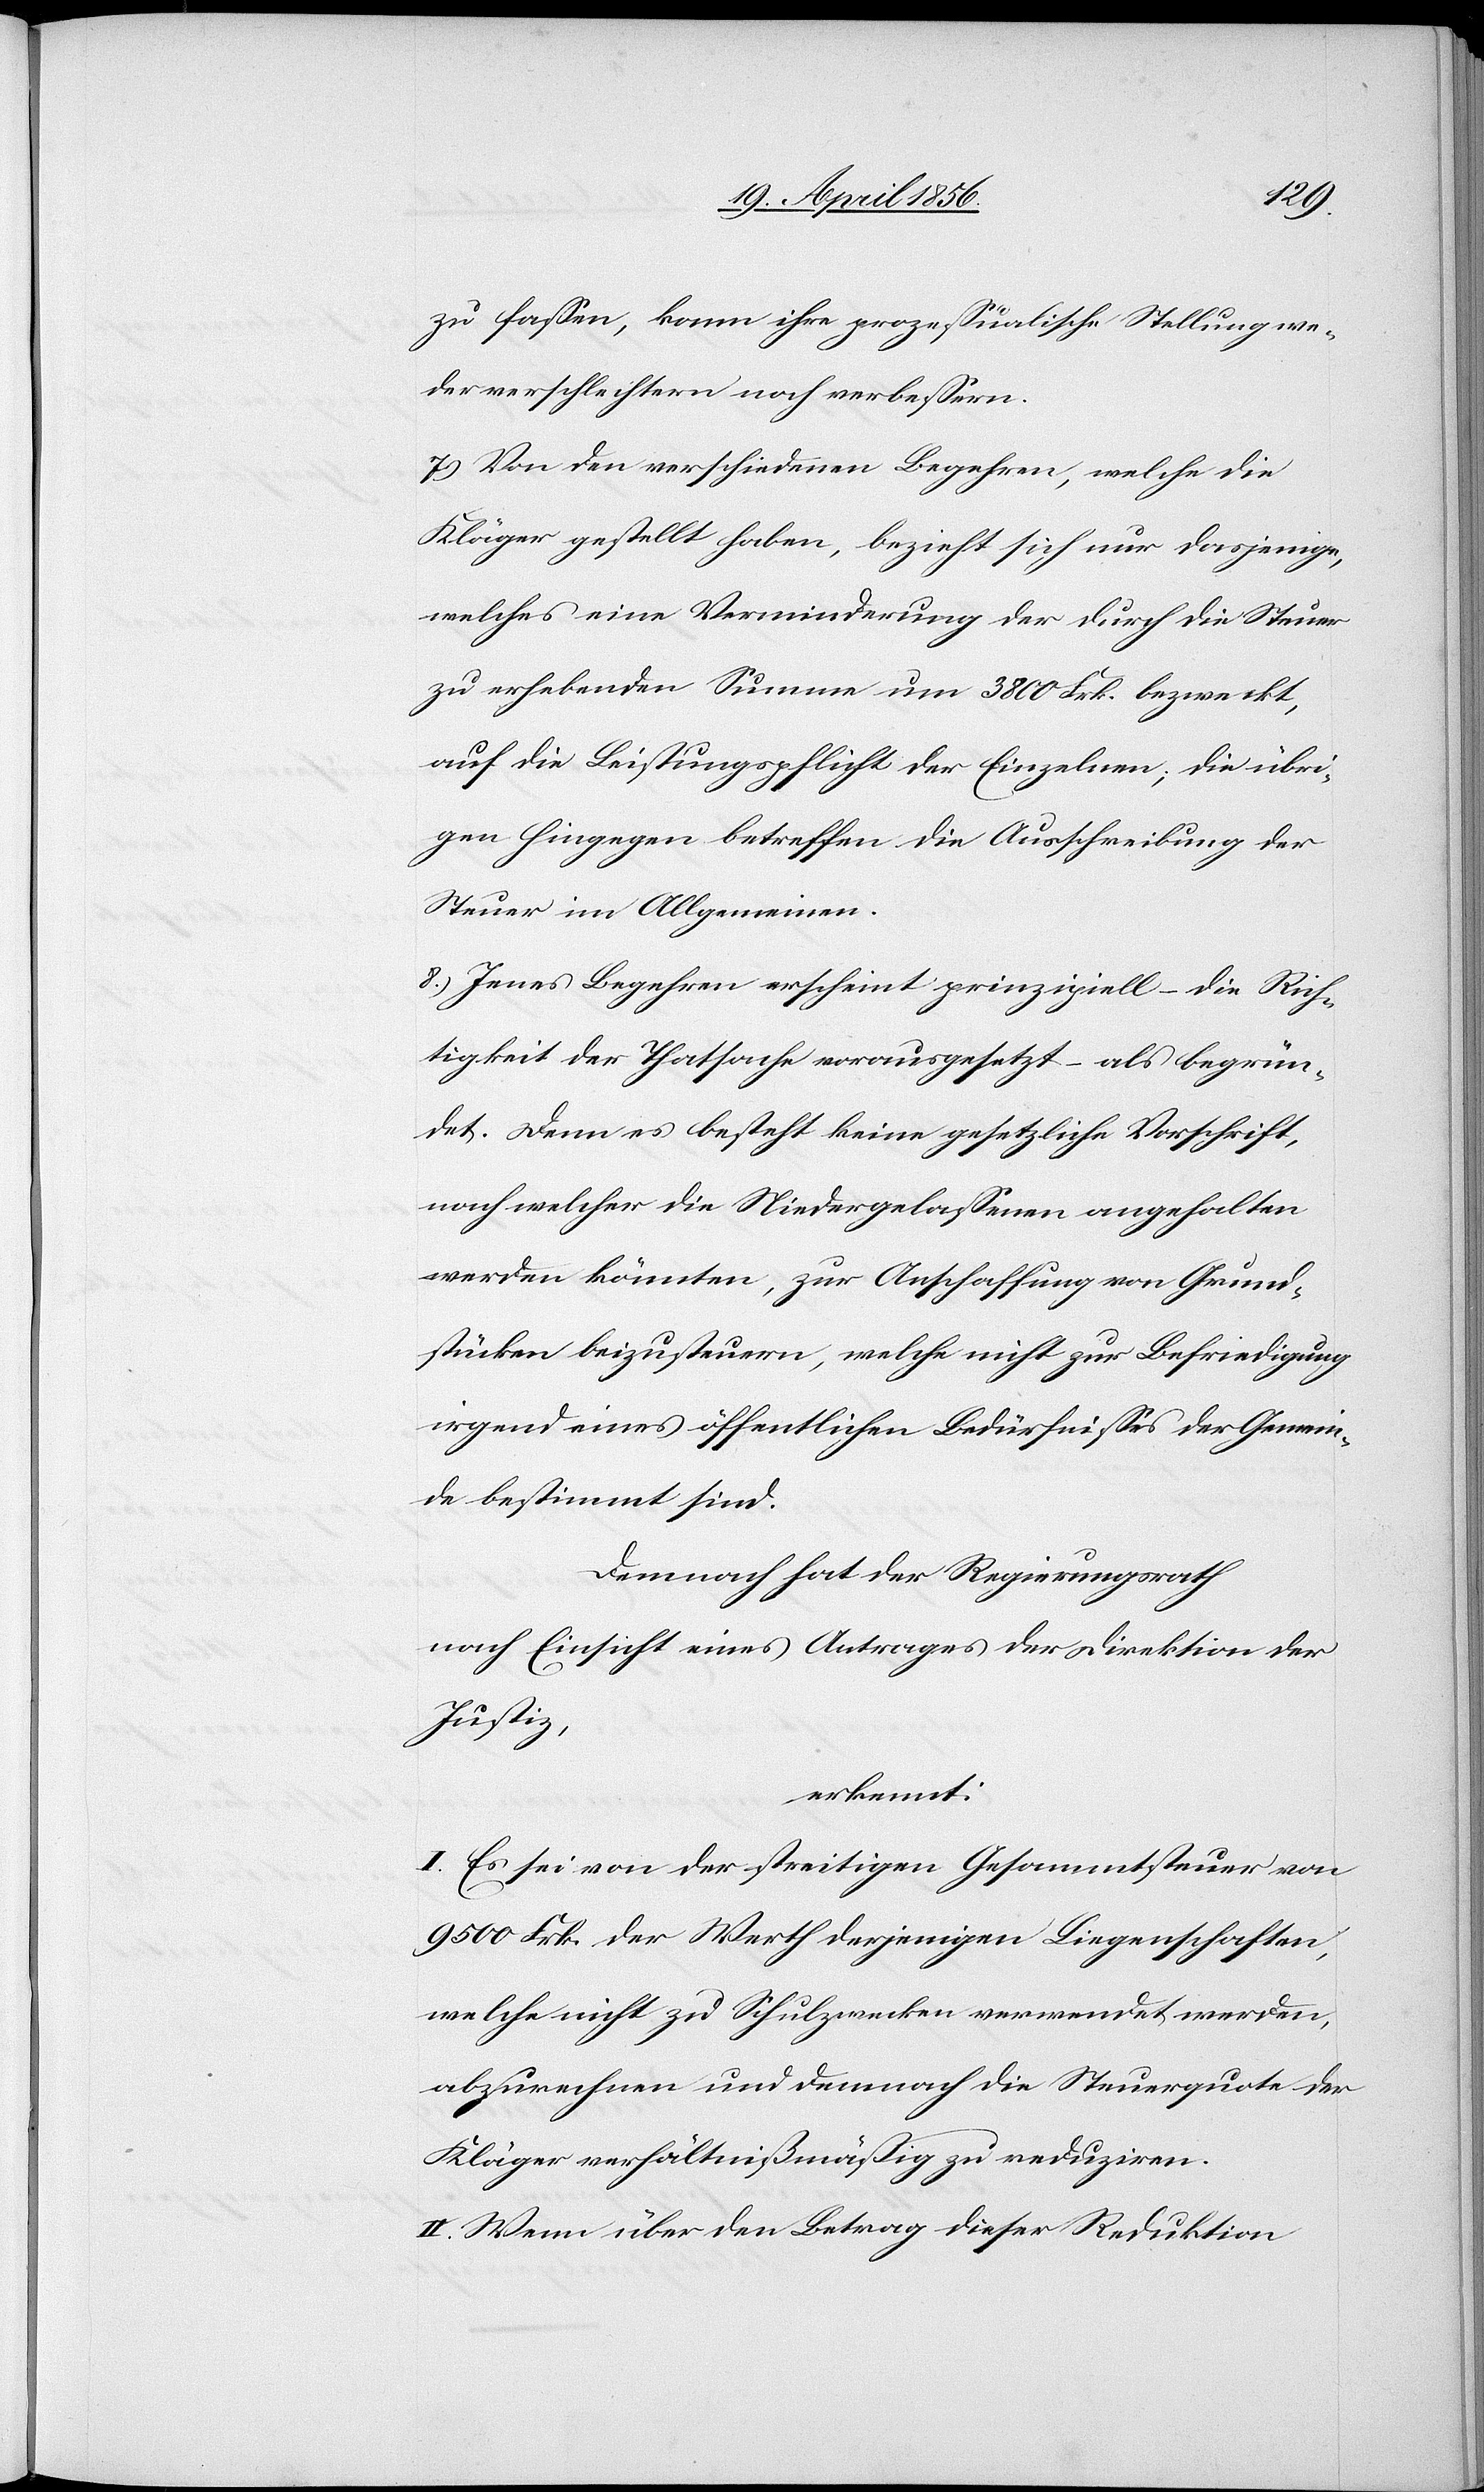
zu fassen, kann ihre prozessualische Stellung we¬
der verschlechtern noch verbessern.
7.) Von den verschiedenen Begehren, welche die
Kläger gestellt haben, bezieht sich nur dasjenige,
welches eine Verminderung der durch die Steuer
zu erhebenden Summe um 3800 Frk. bezweckt,
auf die Leistungspflicht der Einzelnen; die übri¬
gen hingegen betreffen die Ausschreibung der
Steuer im Allgemeinen.
8.) Jenes Begehren erscheint prinzipiell – die Rich¬
tigkeit der Thatsache vorausgesetzt – als begrün¬
det. Denn es besteht keine gesetzliche Vorschrift,
nach welcher die Niedergelassenen angehalten
werden könnten, zur Anschaffung von Grund¬
stücken beizusteuern, welche nicht zur Befriedigung
irgend eines öffentlichen Bedürfnisses der Gemein¬
de bestimmt sind.
Demnach hat der Regierungsrath
nach Einsicht eines Antrages der Direktion der
Justiz,
erkennt:
I. Es sei von der streitigen Gesammtsteuer von
9500 Frk. der Werth derjenigen Liegenschaften,
welche nicht zu Schulzwecken verwendet werden,
abzurechnen und demnach die Steuerquote der
Kläger verhältnißmäßig zu reduziren.
II. Wenn über den Betrag dieser Reduktion